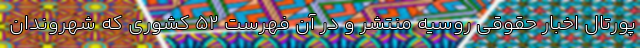
پورتال اخبار حقوقی روسیه منتشر و در آن فهرست ۵۲ کشوری که شهروندان